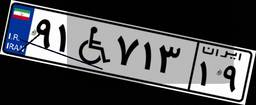
۹۱W۷۱۳۱۹